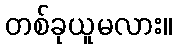
တစ်ခုယူမလား။